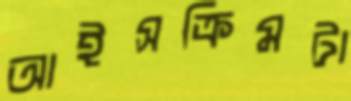
আইসক্রিমটা